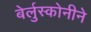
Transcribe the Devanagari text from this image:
बेर्लुस्कोनीने